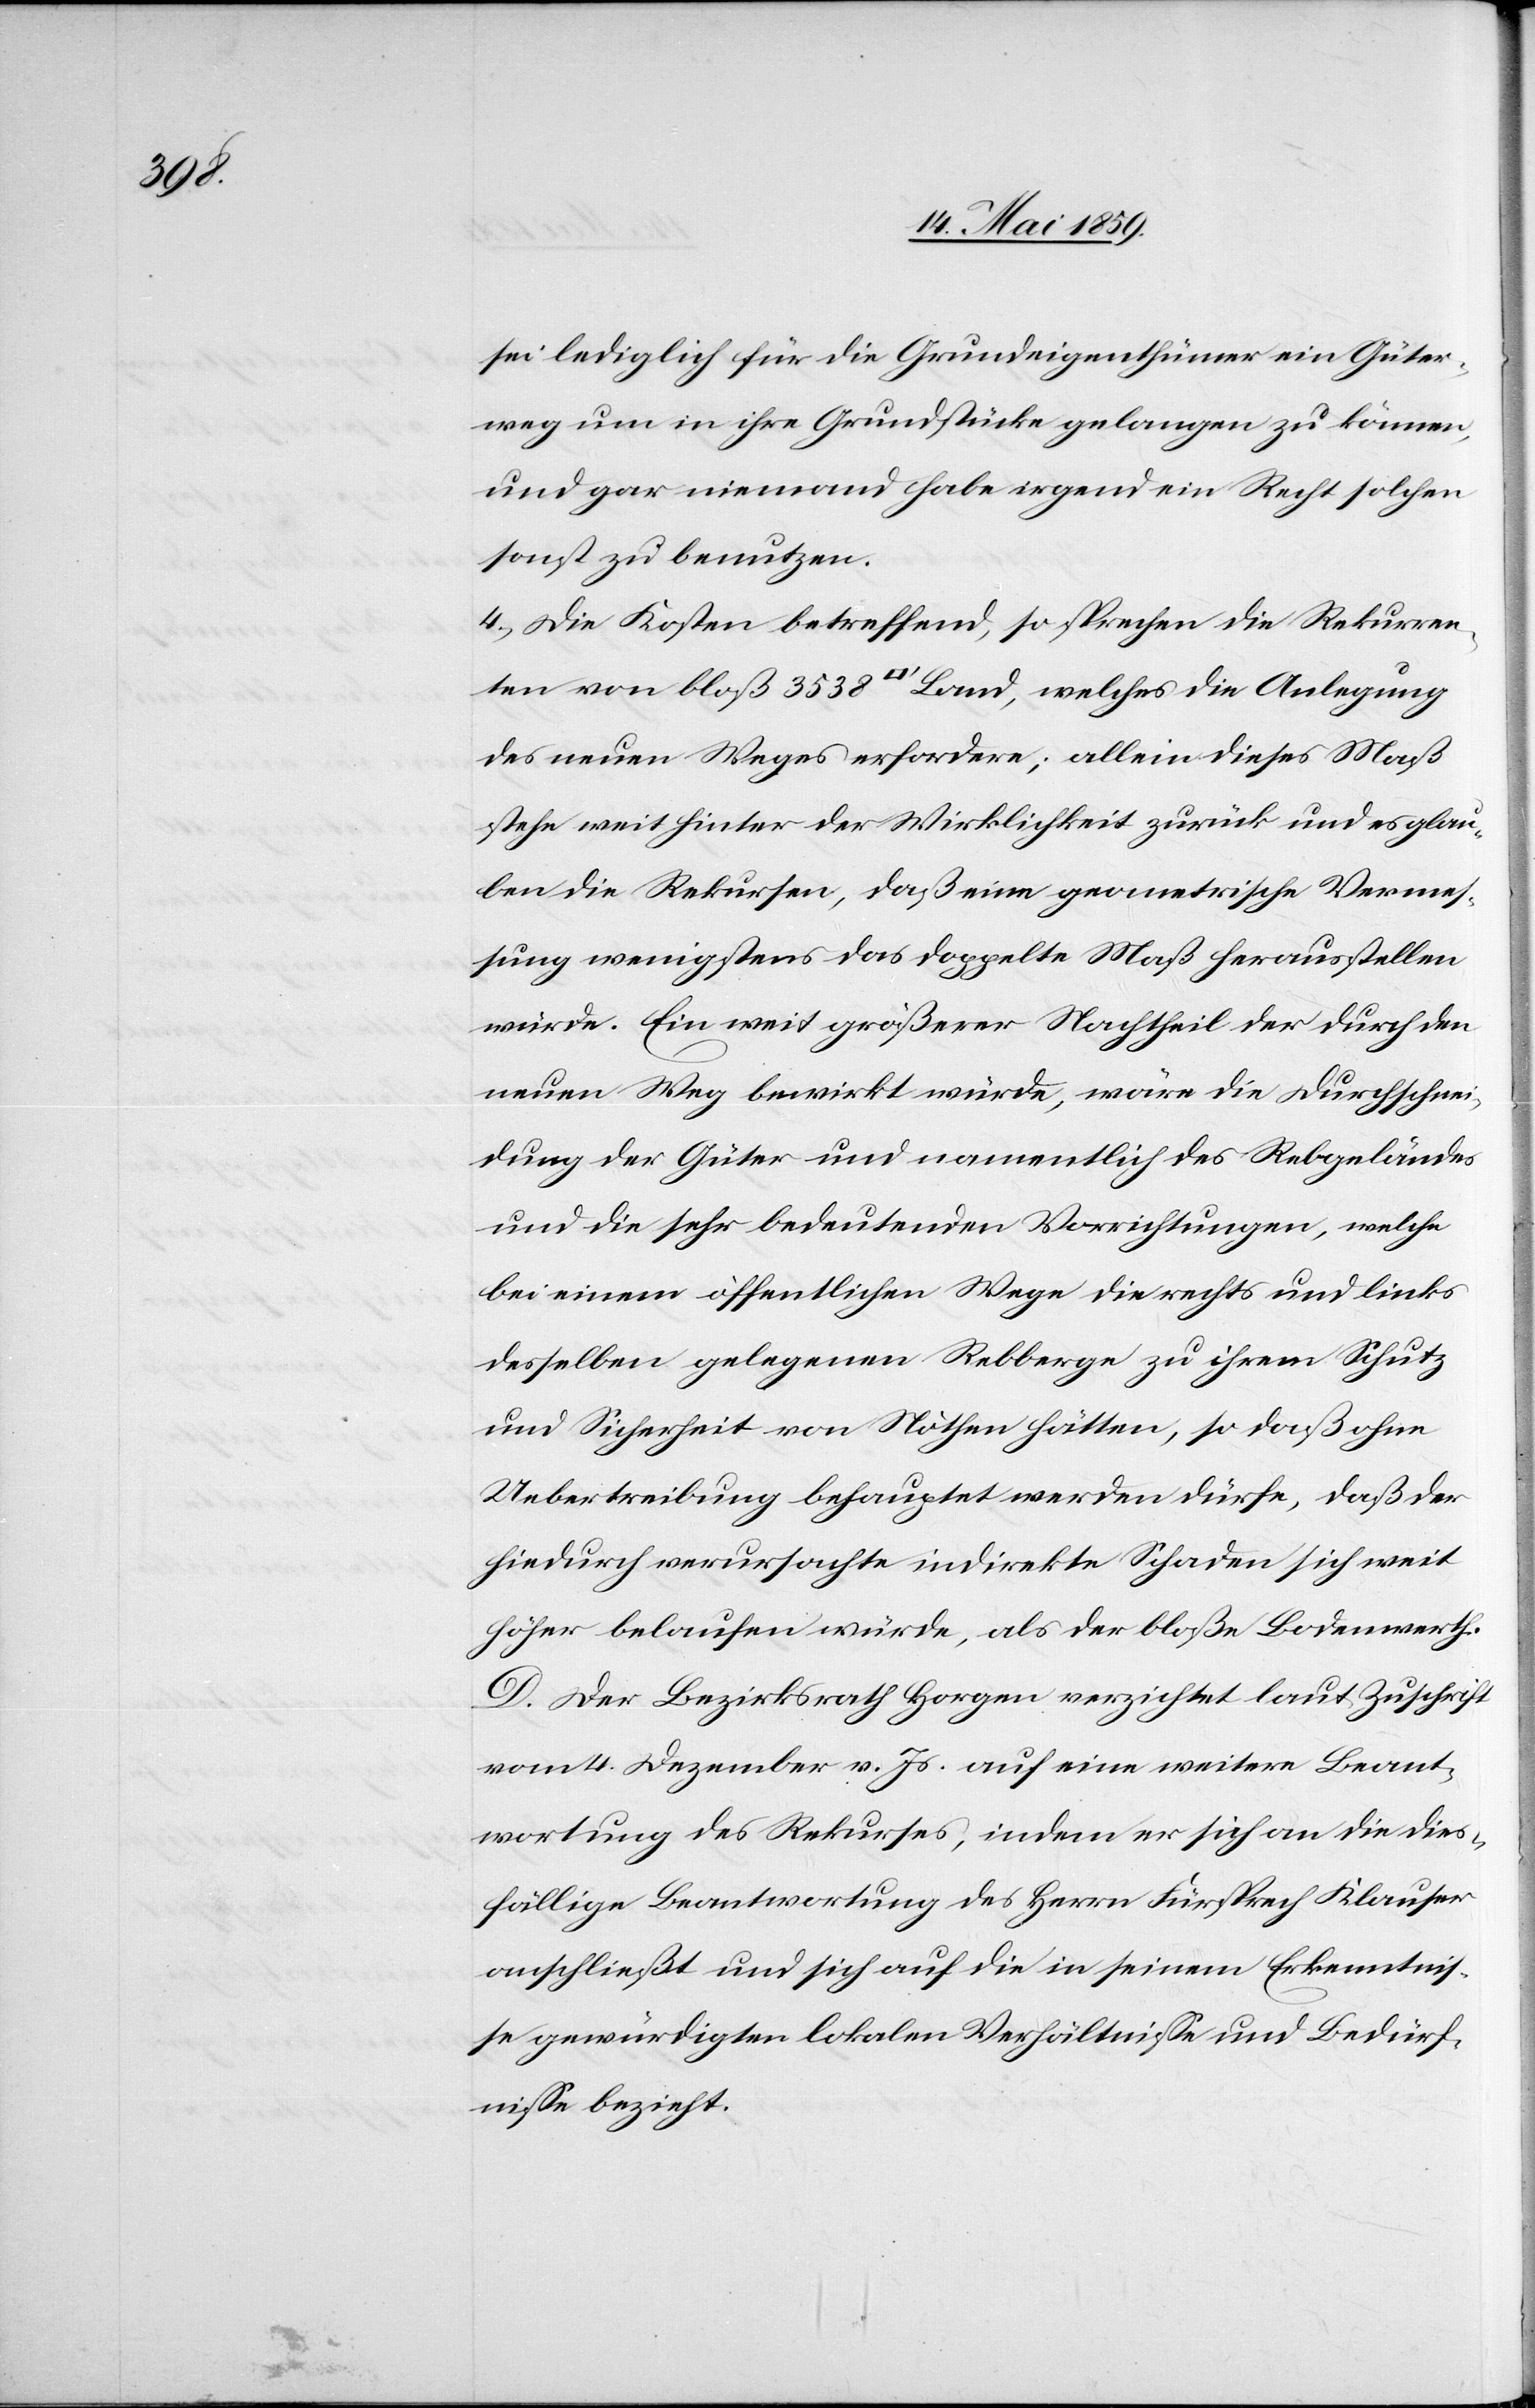
sei lediglich für die Grundeigenthümer ein Güter¬
weg um in ihre Grundstücke gelangen zu können,
und gar niemand habe irgend ein Recht solchen
sonst zu benutzen.
4) Die Kosten betreffend, so sprechen die Rekurren¬
ten von bloß 3538[Quadratfuß] Land, welches die Anlegung
des neuen Weges erfordere; allein dieses Maß
stehe weit hinter der Wirklichkeit zurück und es glau¬
ben die Rekursen, daß eine geometrische Vermes¬
sung wenigstens das doppelte Maß herausstellen
würde. Ein weit größerer Nachtheil der durch den
neuen Weg bewirkt würde, wäre die Durchschnei¬
dung der Güter und namentlich des Rebgeländes
und die sehr bedeutenden Vorrichtungen, welche
bei einem öffentlichen Wege die rechts und links
desselben gelegenen Rebberge zu ihrem Schutz
und Sicherheit von Nöthen hätten, so daß ohne
Uebertreibung behauptet werden dürfe, daß der
hiedurch verursachte indirekte Schaden sich weit
höher belaufen würde, als der bloße Bodenwerth.
D. Der Bezirksrath Horgen verzichtet laut Zuschrift
vom 4. Dezember v. Js. auf eine weitere Beant¬
wortung des Rekurses, indem er sich an die dies¬
fällige Beantwortung des Herrn Fürsprech Klauser
anschließt und sich auf die in seinem Erkenntniß¬
e gewürdigten lokalen Verhältniße und Bedürf¬
niße bezieht.